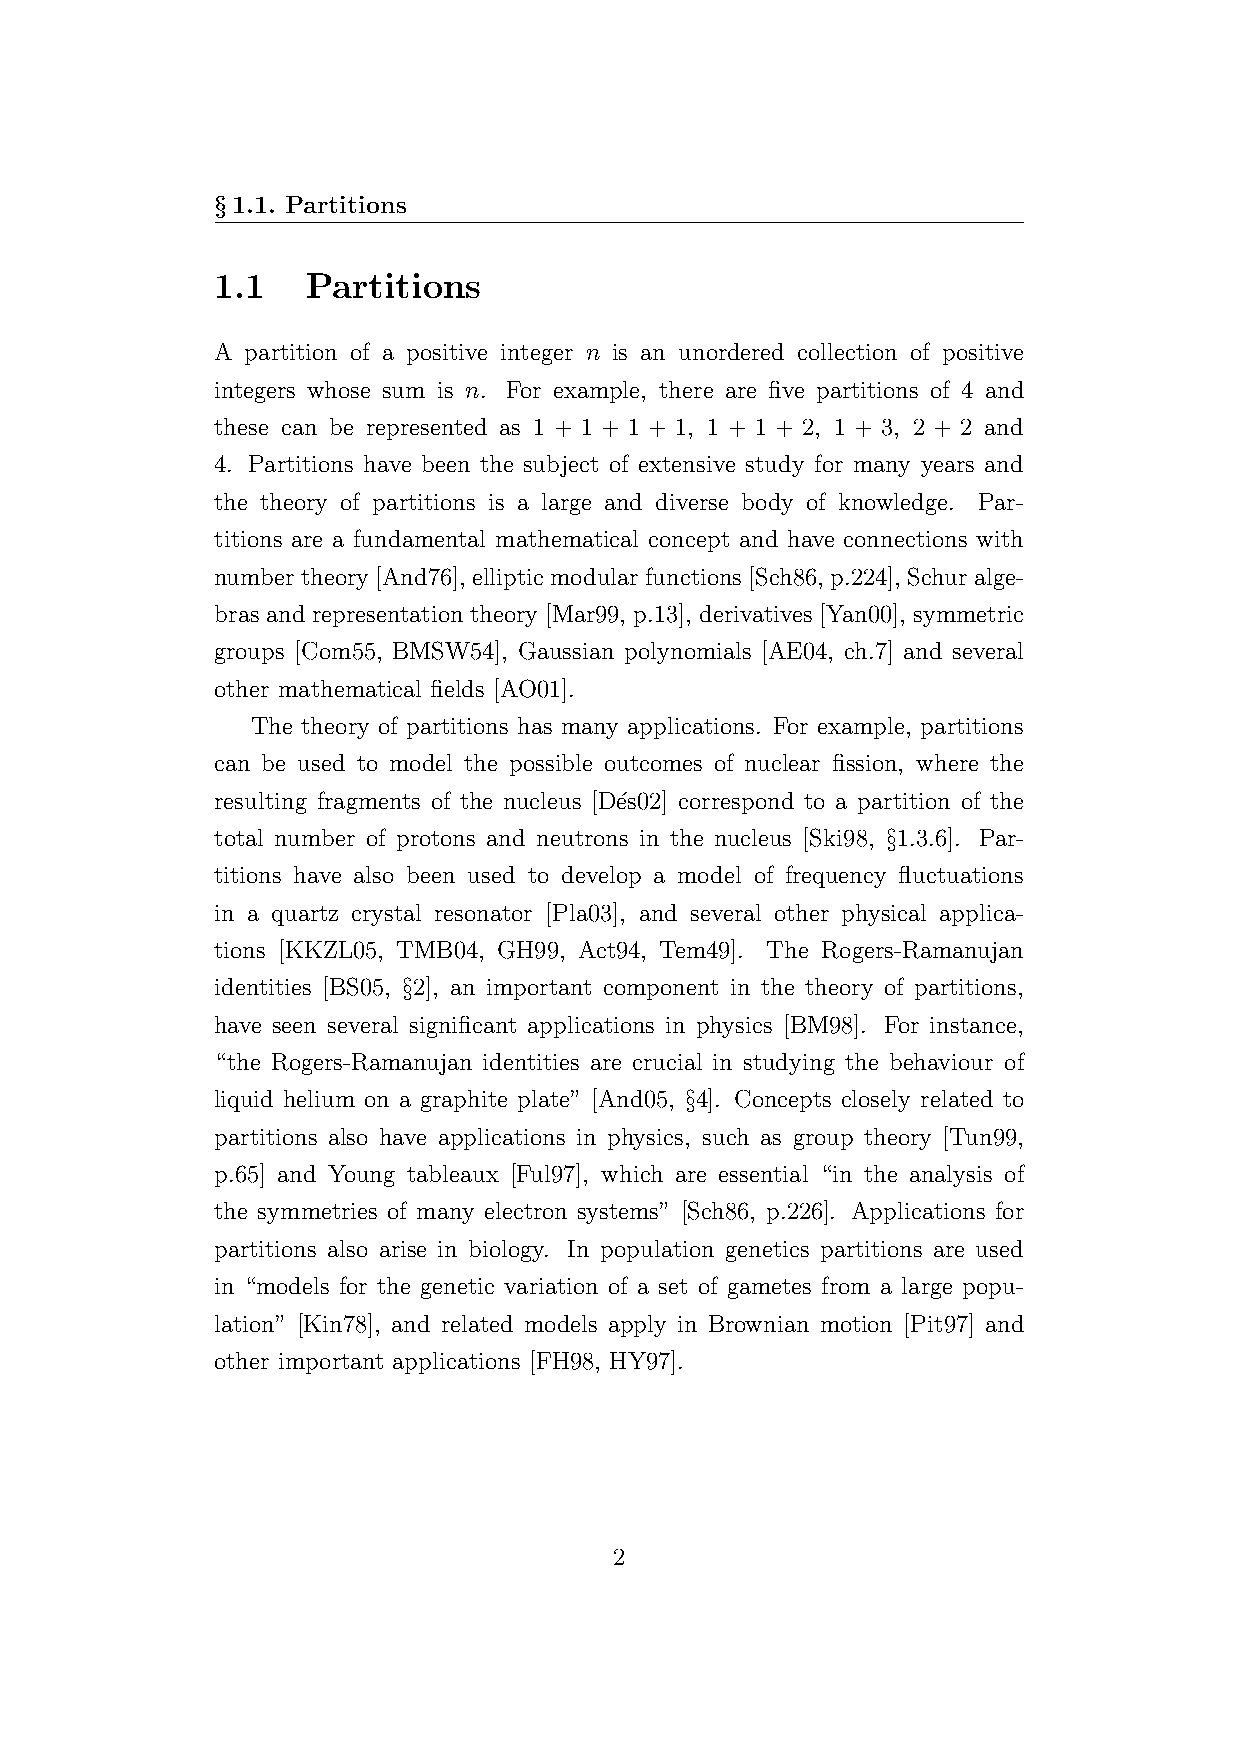
§1.1. Partitions
 1.1   Partitions
 A partition of a positive integer n is an unordered collection of positive
 integers whose sum is n. For example, there are five partitions of 4 and
 these can be represented as 1 + 1 + 1 + 1, 1 + 1 + 2, 1 + 3, 2 + 2 and
 4. Partitions have been the subject of extensive study for many years and
 the theory of partitions is a large and diverse body of knowledge. Par-
 titions are a fundamental mathematical concept and have connections with
 number theory [And76], elliptic modular functions [Sch86, p.224], Schur alge-
 bras and representation theory [Mar99, p.13], derivatives [Yan00], symmetric
 groups [Com55, BMSW54], Gaussian polynomials [AE04, ch.7] and several
 other mathematical fields [AO01].
 The theory of partitions has many applications. For example, partitions
 can be used to model the possible outcomes of nuclear fission, where the
 resulting fragments of the nucleus [D´es02] correspond to a partition of the
 total number of protons and neutrons in the nucleus [Ski98, §1.3.6]. Par-
 titions have also been used to develop a model of frequency fluctuations
 in a quartz crystal resonator [Pla03], and several other physical applica-
 tions [KKZL05, TMB04, GH99, Act94, Tem49]. The Rogers-Ramanujan
 identities [BS05, §2], an important component in the theory of partitions,
 have seen several significant applications in physics [BM98]. For instance,
 “the Rogers-Ramanujan identities are crucial in studying the behaviour of
 liquid helium on a graphite plate” [And05, §4]. Concepts closely related to
 partitions also have applications in physics, such as group theory [Tun99,
 p.65] and Young tableaux [Ful97], which are essential “in the analysis of
 the symmetries of many electron systems” [Sch86, p.226]. Applications for
 partitions also arise in biology. In population genetics partitions are used
 in “models for the genetic variation of a set of gametes from a large popu-
 lation” [Kin78], and related models apply in Brownian motion [Pit97] and
 other important applications [FH98, HY97].
 2